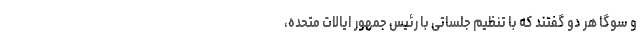
و سوگا هر دو گفتند که با تنظیم جلساتی با رئیس جمهور ایالات متحده،